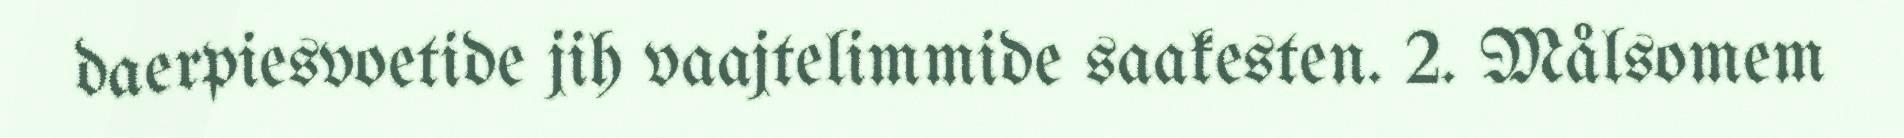
daerpiesvoetide jih vaajtelimmide saakesten. 2. Målsomem